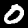
Digit: 0